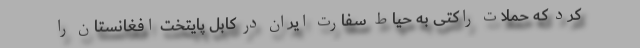
کرد که حملات راکتی به حیاط سفارت ایران در کابل پایتخت افغانستان را